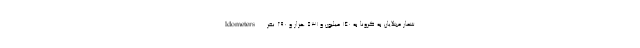
ldometers شمار مبتلایان به کرونا به 140 میلیون و 531 هزار و 290 نفر